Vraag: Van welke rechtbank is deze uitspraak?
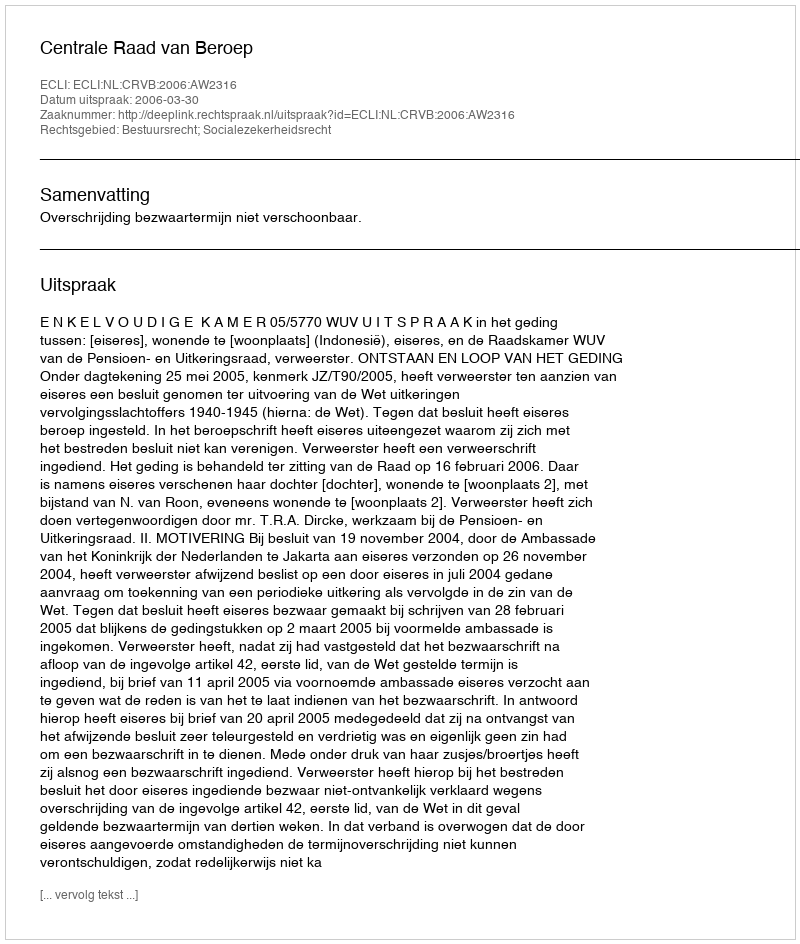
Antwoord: Centrale Raad van Beroep